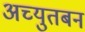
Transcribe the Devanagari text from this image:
अच्युतबन